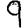
Digit: 9